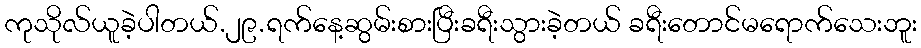
ကုသိုလ်ယူခဲ့ပါတယ်.၂၉.ရက်နေ့ဆွမ်းစားပြီးခရီးသွားခဲ့တယ် ခရီးတောင်မရောက်သေးဘူး